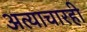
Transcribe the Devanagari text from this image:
अत्याचारही